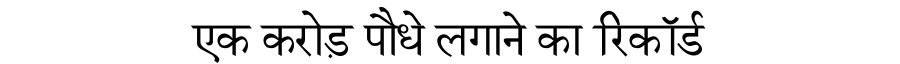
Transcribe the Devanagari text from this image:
एक करोड़ पौधे लगाने का रिकॉर्ड